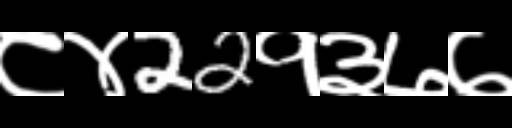
Text: ८४22१३७७